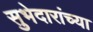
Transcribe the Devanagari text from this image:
सुभेदारांच्या